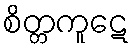
စိတ္တကူဋေ